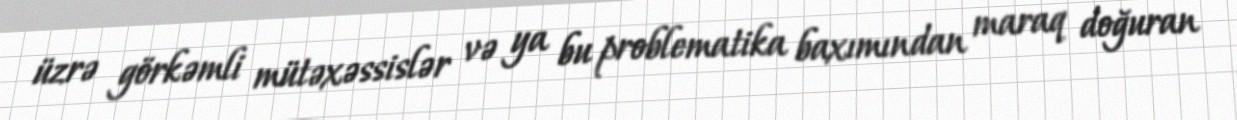
üzrə görkəmli mütəxəssislər və ya bu problematika baxımından maraq doğuran